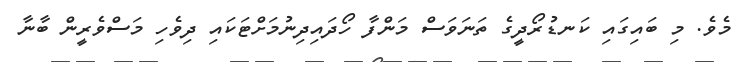
މެވެ. މި ބައިގައި ކަނޑުރޯދީގެ ތަނަވަސް މަންފާ ހޯދައިދިނުމަށްޓަކައި ދިވެހި މަސްވެރީން ބާނާ